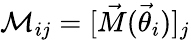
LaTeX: \mathcal{M}_{ij}=[\vec{M}(\vec{\theta}_{i})]_{j}